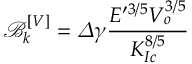
\mathcal { B } _ { k } ^ { \left[ V \right] } = \varDelta \gamma \frac { E ^ { \prime 3 / 5 } V _ { o } ^ { 3 / 5 } } { K _ { I c } ^ { 8 / 5 } }